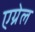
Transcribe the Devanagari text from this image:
एग्रेल